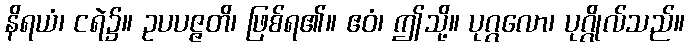
နိရယံ၊ ငရဲ၌။ ဥပပဇ္ဇတိ၊ ဖြစ်ရ၏။ ဧဝံ၊ ဤသို့။ ပုဂ္ဂလော၊ ပုဂ္ဂိုလ်သည်။